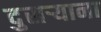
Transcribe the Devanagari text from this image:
दुसर्‍याना